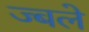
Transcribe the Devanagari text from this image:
ज्बले